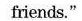
friends."